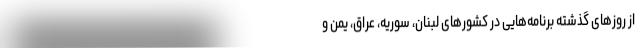
از روزهای گذشته برنامه‌هایی در کشورهای لبنان، سوریه، عراق، یمن و